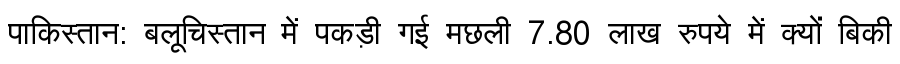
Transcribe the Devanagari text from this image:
पाकिस्तान: बलूचिस्तान में पकड़ी गई मछली 7.80 लाख रुपये में क्यों बिकी